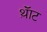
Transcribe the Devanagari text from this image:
थ़ॅाट